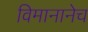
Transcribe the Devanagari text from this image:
विमानानेच